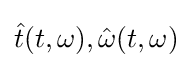
{\hat {t}}(t,\omega ),{\hat {\omega }}(t,\omega )